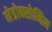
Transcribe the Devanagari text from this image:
मेडोक्सोमिल